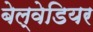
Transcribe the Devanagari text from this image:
बेल्वेडियर